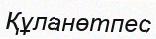
Құланөтпес